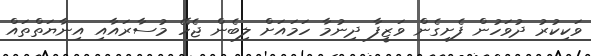
ވަކިކުރު ދުވަހުން ފެށިގެން ވަޒީފާ ދިނުމާ ހަމައަށް ލިބެން ޖެހޭ މުސާރައާއި އިނާޔަތްތައް